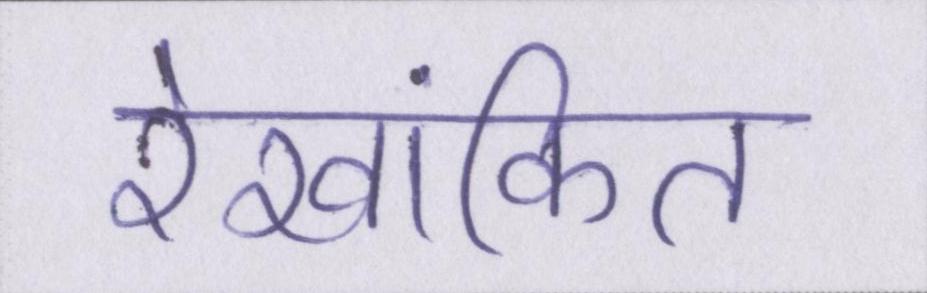
रेखांकित